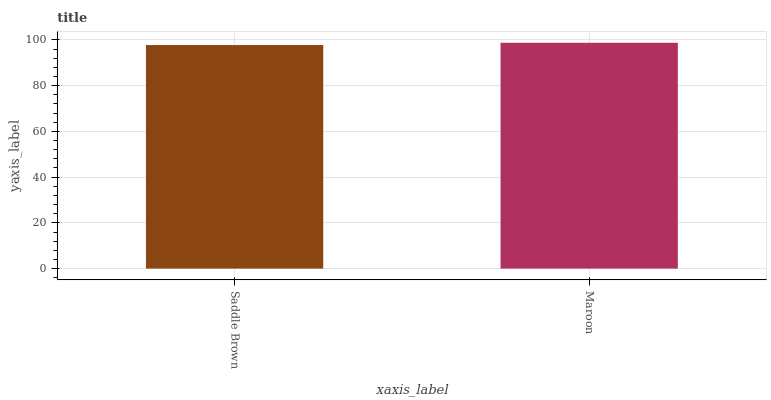
| xaxis_label | bars |
 | --- | --- |
 | Saddle Brown | 97.8 |
 | Maroon | 98.8 |